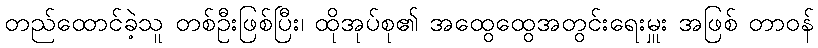
တည်ထောင်ခဲ့သူ တစ်ဦးဖြစ်ပြီး၊ ထိုအုပ်စု၏ အထွေထွေအတွင်းရေးမှူး အဖြစ် တာဝန်